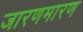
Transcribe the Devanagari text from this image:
जारणमारण